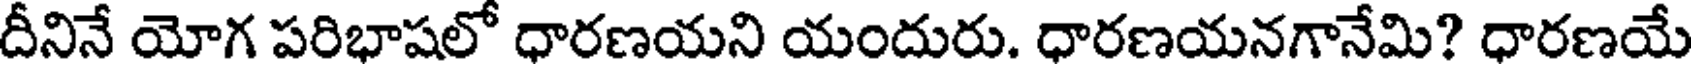
దీనినే యోగ పరిభాషలో ధారణయని యందురు. ధారణయనగానేమి? ధారణయే